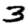
Digit: 3